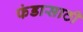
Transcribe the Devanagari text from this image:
फंडासाठी